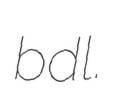
bdl.